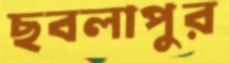
ছবলাপুর